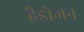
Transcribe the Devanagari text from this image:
हैड्रोजन